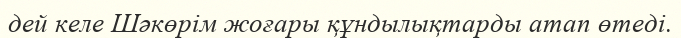
дей келе Шәкөрім жоғары құндылықтарды атап өтеді.